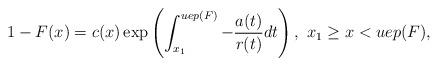
LaTeX: \begin{align*}1-F(x)= c(x) \exp \left( \int_{x_1}^{uep(F)} -\frac{a(t)}{r(t)} dt\right), \ x_1\geq x <uep(F),\end{align*}